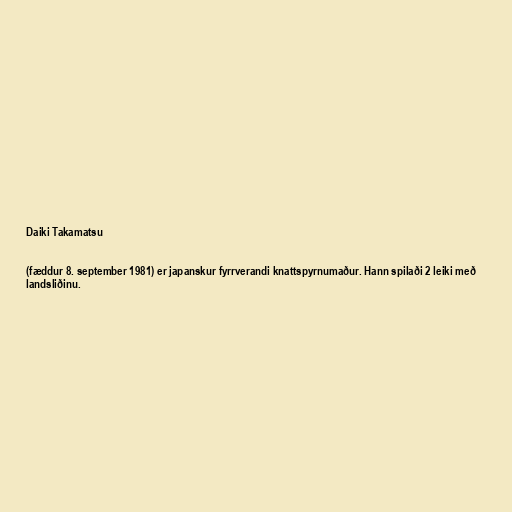
Daiki Takamatsu

(fæddur 8. september 1981) er japanskur fyrrverandi knattspyrnumaður. Hann spilaði 2 leiki með
landsliðinu.